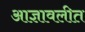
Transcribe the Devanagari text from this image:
आज्ञावलीत